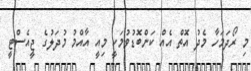
މި ރޯދަމަހާ މެދު އޮތް އެއް ކަންބޮޑުވުމަކީ މިއީ އާއްމު މުދަލުގެ ޖީއެސްޓީ